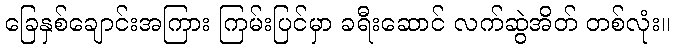
ခြေနှစ်ချောင်းအကြား ကြမ်းပြင်မှာ ခရီးဆောင် လက်ဆွဲအိတ် တစ်လုံး။